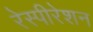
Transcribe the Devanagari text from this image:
रेस्पीरेशन